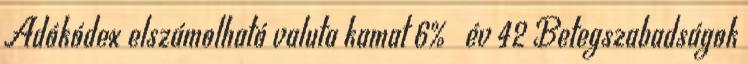
Adókódex elszámolható valuta kamat 6% év 42 Betegszabadságok